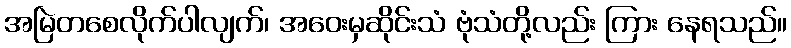
အမြဲတစေလိုက်ပါလျက်၊ အဝေးမှဆိုင်းသံ ဗုံသံတို့လည်း ကြား နေရသည်။